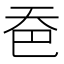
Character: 𪥉